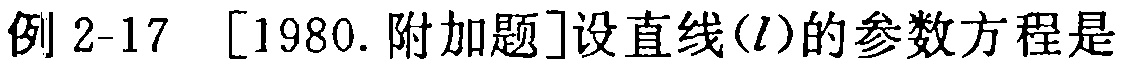
例 2-17 [1980. 附加题]设直线\((l)\)的参数方程是